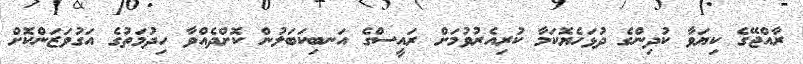
ރާއްޖޭގެ ކިޔަވާ ކުދިންގެ ދުޅަހެޔޮކަމާ ކުރިއެރުވުމަށް ރައީސްގެ އަނބިކަބަލުން ކޮށްދެއްވާ ހިދުމަތުގެ އަގުވަޒަންކޮށް